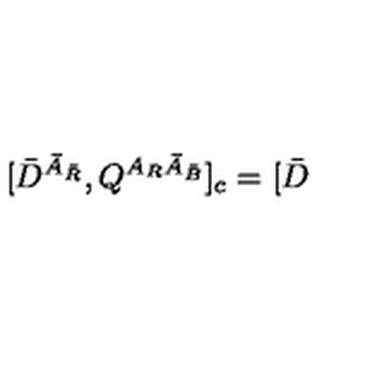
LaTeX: \lbrack \bar { D } ^ { \bar { A } _ { \bar { R } } } , Q ^ { A _ { R } \bar { A } _ { \bar { B } } } ] _ { c } = [ \bar { D }